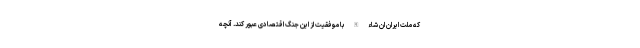
که ملت ایران ان شاء الله با موفقیت از این جنگ اقتصادی عبور کند. آنچه